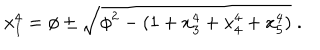
x _ { 1 } ^ { 4 } = \phi \pm \sqrt { \phi ^ { 2 } - ( 1 + x _ { 3 } ^ { 4 } + x _ { 4 } ^ { 4 } + x _ { 5 } ^ { 4 } ) } \; .